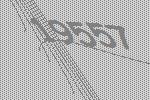
19557